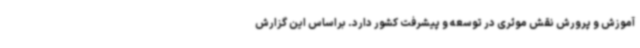
آموزش و پرورش نقش موثری در توسعه و پیشرفت کشور دارد. براساس این گزارش